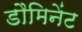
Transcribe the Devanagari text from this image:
डौमिनेंट